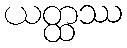
ယတ္ထဿ